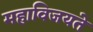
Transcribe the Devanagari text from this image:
महाविजयते